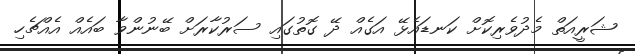
ޝަރީއަތް މެދުވެރިކޮށް ކަނޑައެޅޭ އަގެއް ދޭ ގޮތުގައި ސަރުކާރަށް ބޭނުންވާ ބައެއް އެއްޗެހި